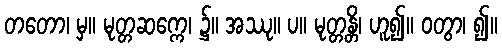
တတော၊ မှ။ မုတ္တဆက္ကေ၊ ၌။ အဿု။ ပ။ မုတ္တန္တိ၊ ဟူ၍။ ဝတွာ၊ ၍။